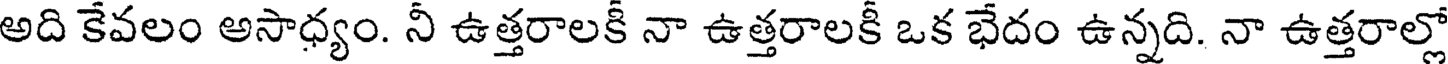
అది కేవలం అసాధ్యం. నీ ఉత్తరాలకీ నా ఉత్తరాలకీ ఒక భేదం ఉన్నది. నా ఉత్తరాల్లో